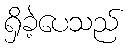
ရှိခဲ့ပေသည်